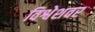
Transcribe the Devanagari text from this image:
विश्वेशवर